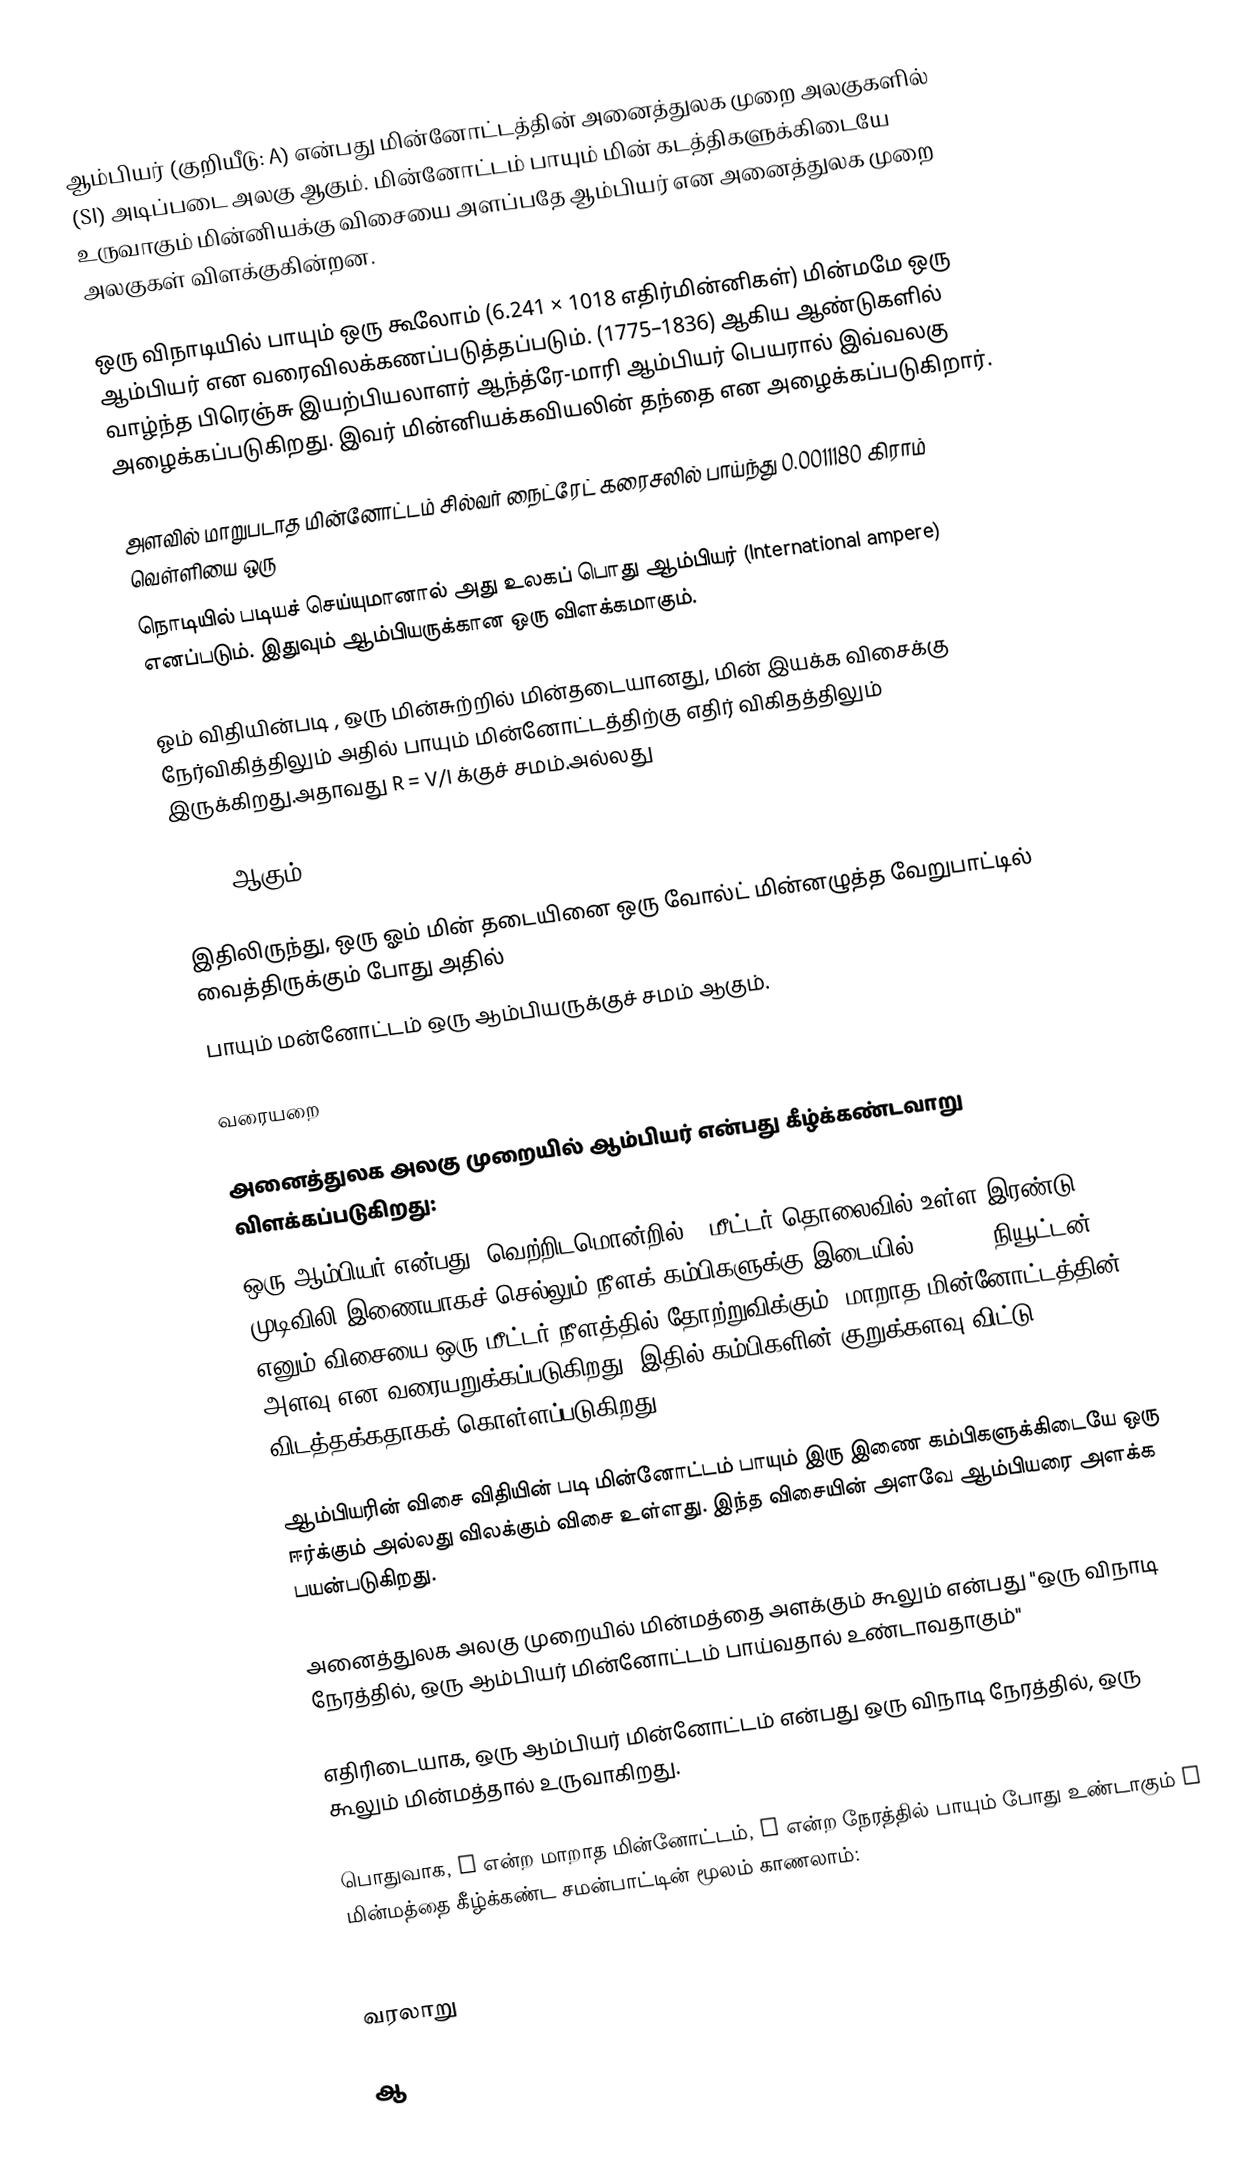
ஆம்பியர் (குறியீடு: A)  என்பது மின்னோட்டத்தின் அனைத்துலக முறை அலகுகளில் (SI) அடிப்படை அலகு ஆகும். மின்னோட்டம் பாயும் மின் கடத்திகளுக்கிடையே உருவாகும் மின்னியக்கு விசையை அளப்பதே ஆம்பியர் என அனைத்துலக முறை அலகுகள் விளக்குகின்றன.

ஒரு விநாடியில் பாயும் ஒரு கூலோம் (6.241 × 1018 எதிர்மின்னிகள்) மின்மமே ஒரு ஆம்பியர் என வரைவிலக்கணப்படுத்தப்படும். (1775–1836) ஆகிய ஆண்டுகளில் வாழ்ந்த பிரெஞ்சு இயற்பியலாளர் ஆந்த்ரே-மாரி ஆம்பியர் பெயரால் இவ்வலகு அழைக்கப்படுகிறது. இவர் மின்னியக்கவியலின் தந்தை என அழைக்கப்படுகிறார்.

அளவில் மாறுபடாத மின்னோட்டம் சில்வர் நைட்ரேட் கரைசலில் பாய்ந்து 0.0011180 கிராம் வெள்ளியை ஒரு
நொடியில் படியச் செய்யுமானால் அது உலகப் பொது ஆம்பியர் (International ampere) எனப்படும். இதுவும் ஆம்பியருக்கான ஒரு விளக்கமாகும்.

ஓம் விதியின்படி , ஒரு மின்சுற்றில் மின்தடையானது, மின் இயக்க விசைக்கு நேர்விகித்திலும் அதில் பாயும் மின்னோட்டத்திற்கு எதிர் விகிதத்திலும் இருக்கிறது.அதாவது R = V/I க்குச் சமம்.அல்லது

I=V/R ஆகும்.

இதிலிருந்து, ஒரு ஓம் மின் தடையினை ஒரு வோல்ட் மின்னழுத்த வேறுபாட்டில் வைத்திருக்கும் போது அதில்
பாயும் மன்னோட்டம் ஒரு ஆம்பியருக்குச் சமம் ஆகும்.

வரையறை

அனைத்துலக அலகு முறையில் ஆம்பியர் என்பது கீழ்க்கண்டவாறு விளக்கப்படுகிறது:
ஒரு ஆம்பியர் என்பது, வெற்றிடமொன்றில் 1 மீட்டர் தொலைவில் உள்ள இரண்டு முடிவிலி இணையாகச் செல்லும் நீளக் கம்பிகளுக்கு இடையில் 2 x 10-7நியூட்டன் எனும் விசையை ஒரு மீட்டர் நீளத்தில் தோற்றுவிக்கும், மாறாத மின்னோட்டத்தின் அளவு என வரையறுக்கப்படுகிறது. இதில் கம்பிகளின் குறுக்களவு விட்டு விடத்தக்கதாகக் கொள்ளப்படுகிறது.

ஆம்பியரின் விசை விதியின் படி மின்னோட்டம் பாயும் இரு இணை கம்பிகளுக்கிடையே ஒரு ஈர்க்கும் அல்லது விலக்கும் விசை உள்ளது. இந்த விசையின் அளவே ஆம்பியரை அளக்க பயன்படுகிறது.

அனைத்துலக அலகு முறையில் மின்மத்தை அளக்கும் கூலும் என்பது   "ஒரு விநாடி நேரத்தில், ஒரு ஆம்பியர் மின்னோட்டம் பாய்வதால் உண்டாவதாகும்"

எதிரிடையாக, ஒரு ஆம்பியர் மின்னோட்டம் என்பது ஒரு விநாடி நேரத்தில், ஒரு கூலும் மின்மத்தால் உருவாகிறது.

பொதுவாக, I என்ற மாறாத மின்னோட்டம், t என்ற நேரத்தில் பாயும் போது உண்டாகும் Q மின்மத்தை கீழ்க்கண்ட சமன்பாட்டின் மூலம் காணலாம்:
.

வரலாறு

ஆ